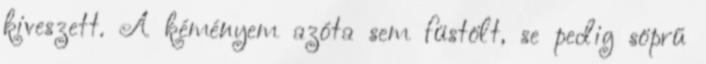
kiveszett. A kéményem azóta sem füstölt, se pedig söprű